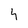
Character: 4